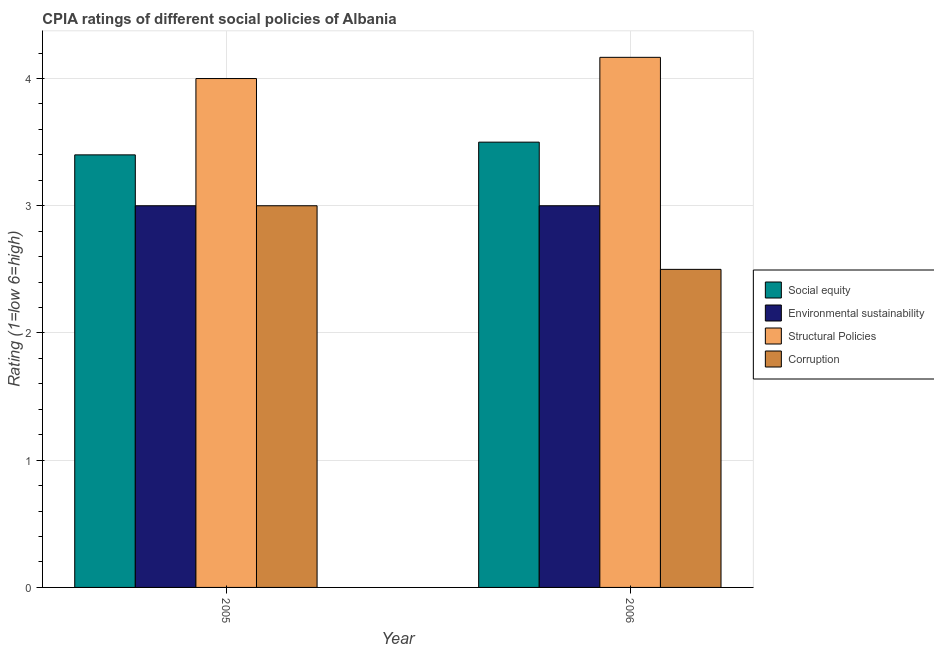
| Year | Social equity | Environmental sustainability | Structural Policies | Corruption |
 | --- | --- | --- | --- | --- |
 | 2005 | 3.4 | 3 | 4 | 3 |
 | 2006 | 3.5 | 3 | 4.17 | 2.5 |